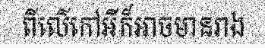
ពីលើកៅអីក៏អាចមានរាង